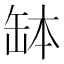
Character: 缽